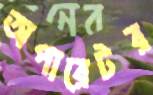
অপারেটর